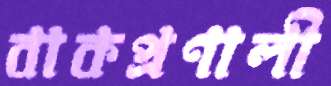
বাকপ্রণালী